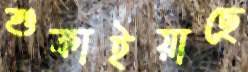
শুকাইয়াছে